Tezpur Lunatic Asylum reports 1895-1904 - 1895-1904
Year: 1895
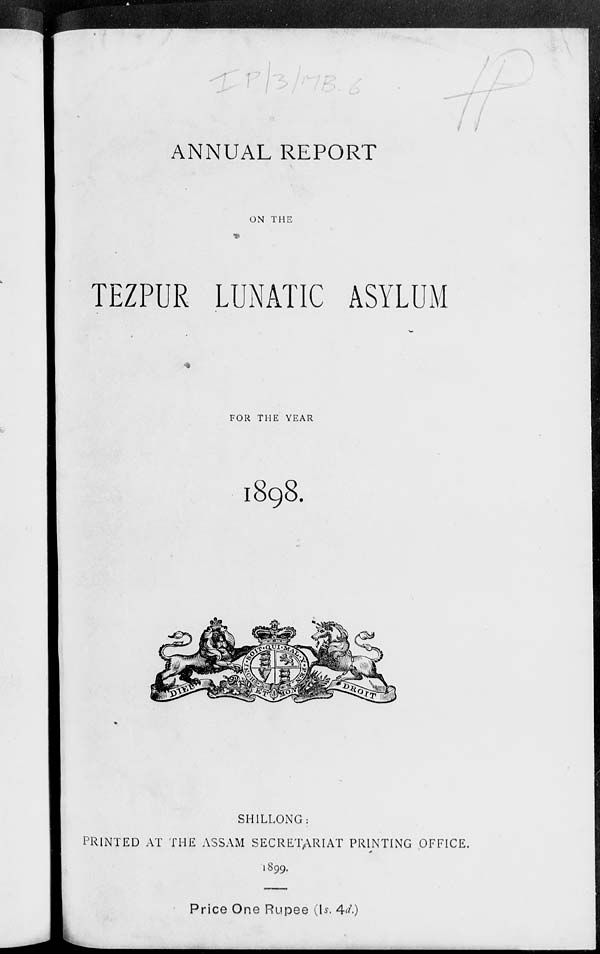
ANNUAL REPORT
ON THE
TEZPUR LUNATIC ASYLUM
FOR THE YEAR
1898.
SHILLONG:
PRINTED AT THE ASSAM SECRETARIAT PRINTING OFFICE.
1899.
Price One Rupee (Is, 4^)